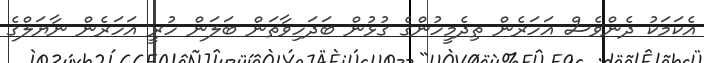
އެކަމަކު ދެންވެސް އަހަރެން ތިދެމީހުންގެ ގުޅުން ބަދަހިވާތަން ބަލަން ހުރީ އަހަރެން ނާޔަލްގެ